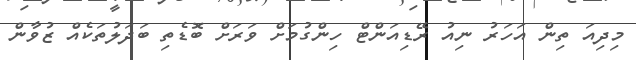
މިދިއަ ތިން އަހަރު ނިއު ރޭޑިއަންޓް ހިންގުމަށް ވަރަށް ބޮޑެތި ބަދަލުތަކެއް ޒުވާން